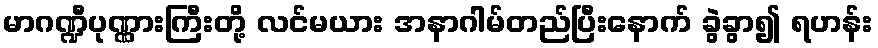
မာဂဏ္ဍီပုဏ္ဏားကြီးတို့ လင်မယား အနာဂါမ်တည်ပြီးနောက် ခွဲခွာ၍ ရဟန်း